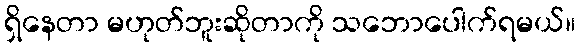
ရှိနေတာ မဟုတ်ဘူးဆိုတာကို သဘောပေါက်ရမယ်။